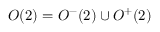
O ( 2 ) = O ^ { - } ( 2 ) \cup O ^ { + } ( 2 )